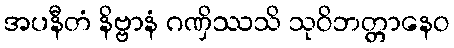
အပနီတံ နိဗ္ဗာနံ ဂဏှိဿသိ သုဝိဘတ္တာနေဝ